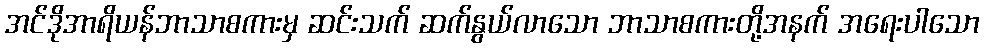
အင်ဒိုအာရိယန်ဘာသာစကားမှ ဆင်းသက် ဆက်နွယ်လာသော ဘာသာစကားတို့အနက် အရေးပါသော